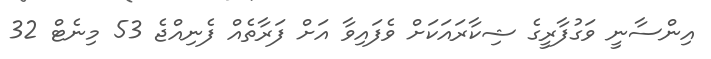
އިންސާނީ ވަގުފާރީގެ ޝިކާރައަކަށް ވެފައިވާ އަށް ފަރާތެއް ފެނިއްޖެ 53 މިނެޓް 32